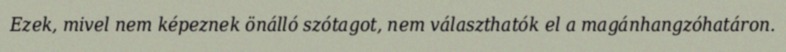
Ezek, mivel nem képeznek önálló szótagot, nem választhatók el a magánhangzóhatáron.